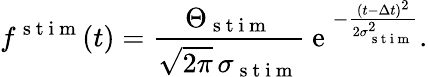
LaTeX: f^{\mathrm{~s~t~i~m~}}(t)=\frac{\Theta_{\mathrm{~s~t~i~m~}}}{\sqrt{2\pi}\, \sigma_{\mathrm{~s~t~i~m~}}}\mathrm{~e~}^{-\frac{(t-\Delta t)^{2}}{2\sigma_{\mathrm{~s~t~i~m~}}^{2}}}.